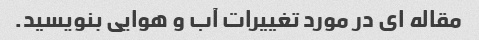
مقاله ای در مورد تغییرات آب و هوایی بنویسید.